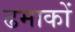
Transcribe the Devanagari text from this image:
ढमाकों